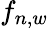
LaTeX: f_{n,w}